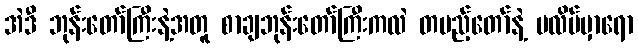
အဲဒီ ဘုန်းတော်ကြီးနဲ့အတူ စာချဘုန်းတော်ကြီးကလဲ တပည့်တော်နဲ့ ပလိပ်မှာရော